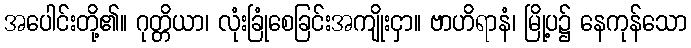
အပေါင်းတို့၏။ ဂုတ္တိယာ၊ လုံးခြုံစေခြင်းအကျိုးငှာ။ ဗာဟိရာနံ၊ မြို့ပ၌ နေကုန်သော